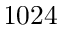
1 0 2 4